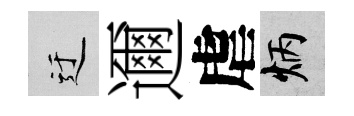
迂邇虐炳